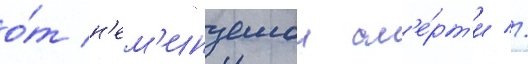
о́т н'ем'инуемои см'е́рт'и //